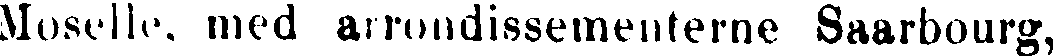
Moselle, med arrondissementerne Saarbourg,